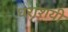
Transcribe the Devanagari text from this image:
धराशयी